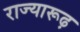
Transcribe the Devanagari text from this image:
राज्यारूढ़